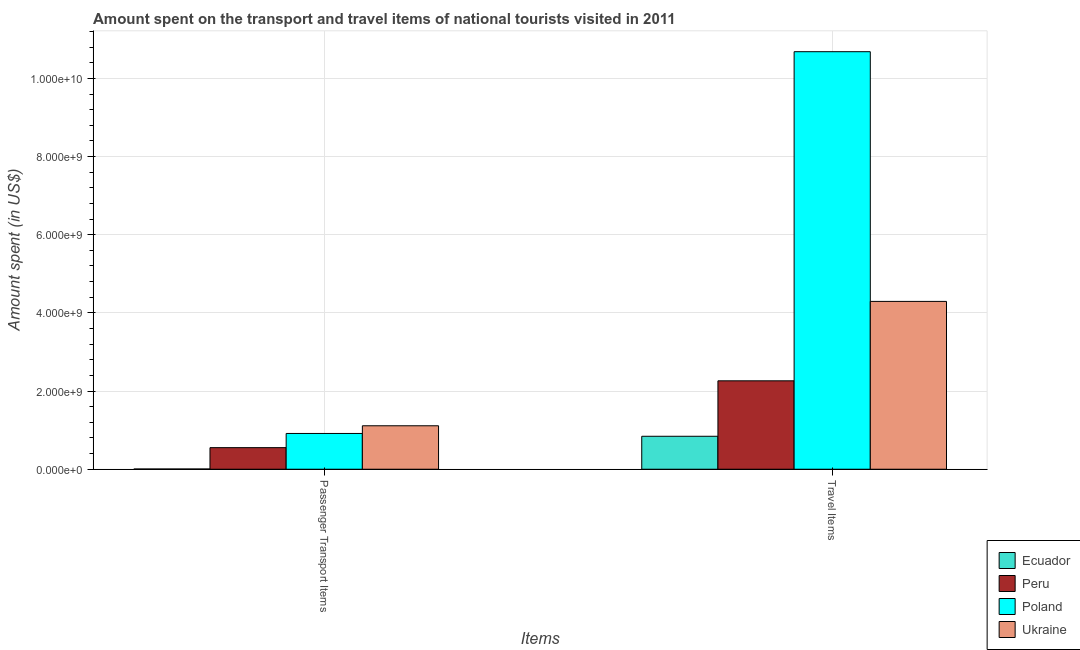
| Items | Ecuador | Peru | Poland | Ukraine |
 | --- | --- | --- | --- | --- |
 | Passenger Transport Items | 6e+06 | 5.52e+08 | 9.15e+08 | 1.11e+09 |
 | Travel Items | 8.43e+08 | 2.26e+09 | 1.07e+10 | 4.29e+09 |